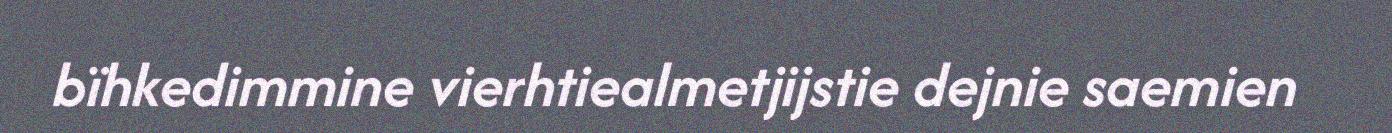
bïhkedimmine vierhtiealmetjijstie dejnie saemien